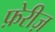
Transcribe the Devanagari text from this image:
फ़ेरीज़